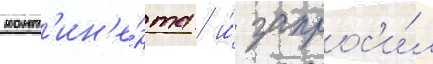
конт'ин'е́нта / и́ запрос'и́л